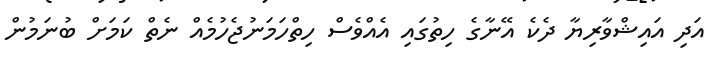
އަދި އައިޝްވާރިޔާ ދެކެ އޭނާގެ ހިތުގައި އެއްވެސް ހިތްހަމަނުޖެހުމެއް ނެތް ކަމަށް ބުނަމުން